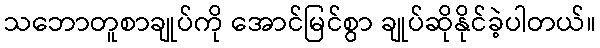
သဘောတူစာချုပ်ကို အောင်မြင်စွာ ချုပ်ဆိုနိုင်ခဲ့ပါတယ်။